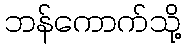
ဘန်ကောက်သို့